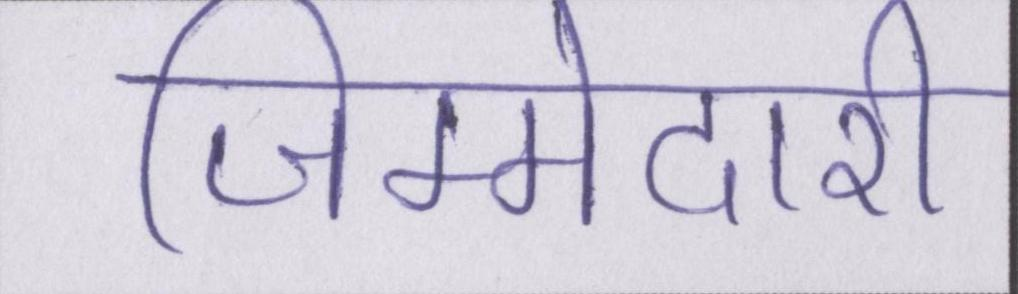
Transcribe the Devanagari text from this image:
जिम्मेदारी